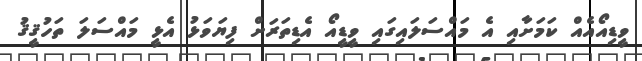
ވީޑިއޯއެއް ކަމަށާއި އެ މައްސަލައިގައި ވީޑީއޯ އެޑިތަރަށް ފިޔަވަޅު އެޅީ މައްސަލަ ތަހުޤީޤު